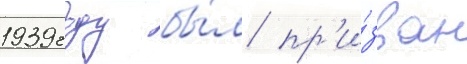
1939 году бы́л пр'и́зван